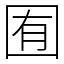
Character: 囿